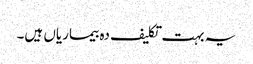
یہ بہت تکلیف دہ بیماریاں ہیں۔